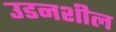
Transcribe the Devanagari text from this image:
उडनशील